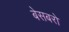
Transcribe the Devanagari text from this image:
बेसबरो